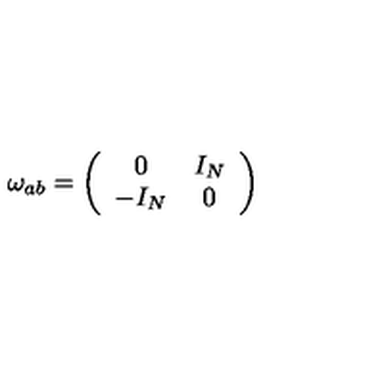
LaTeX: \omega _ { a b } = \left( \begin{array} { c c } { 0 } & { I _ { N } } \\ { - I _ { N } } & { 0 } \\ \end{array} \right)